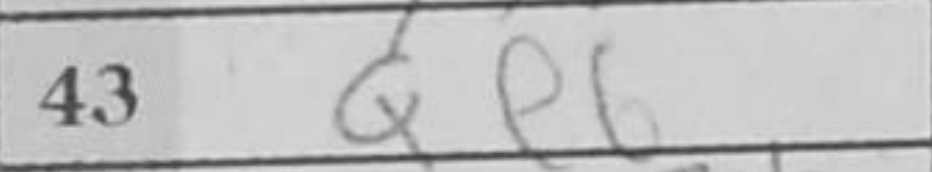
Transcription: Qe6